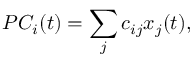
P C _ { i } ( t ) = \sum _ { j } c _ { i j } x _ { j } ( t ) ,